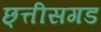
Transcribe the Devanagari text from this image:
छ्त्तीसगड